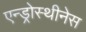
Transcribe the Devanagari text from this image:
एन्ड्रोस्थीनेस